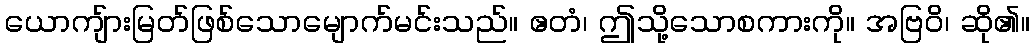
ယောကျ်ားမြတ်ဖြစ်သောမျောက်မင်းသည်။ ဧတံ၊ ဤသို့သောစကားကို။ အဗြဝိ၊ ဆို၏။